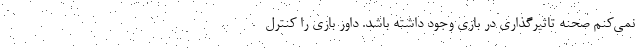
نمی‌کنم صحنه تاثیرگذاری در بازی وجود داشته باشد. داور بازی را کنترل